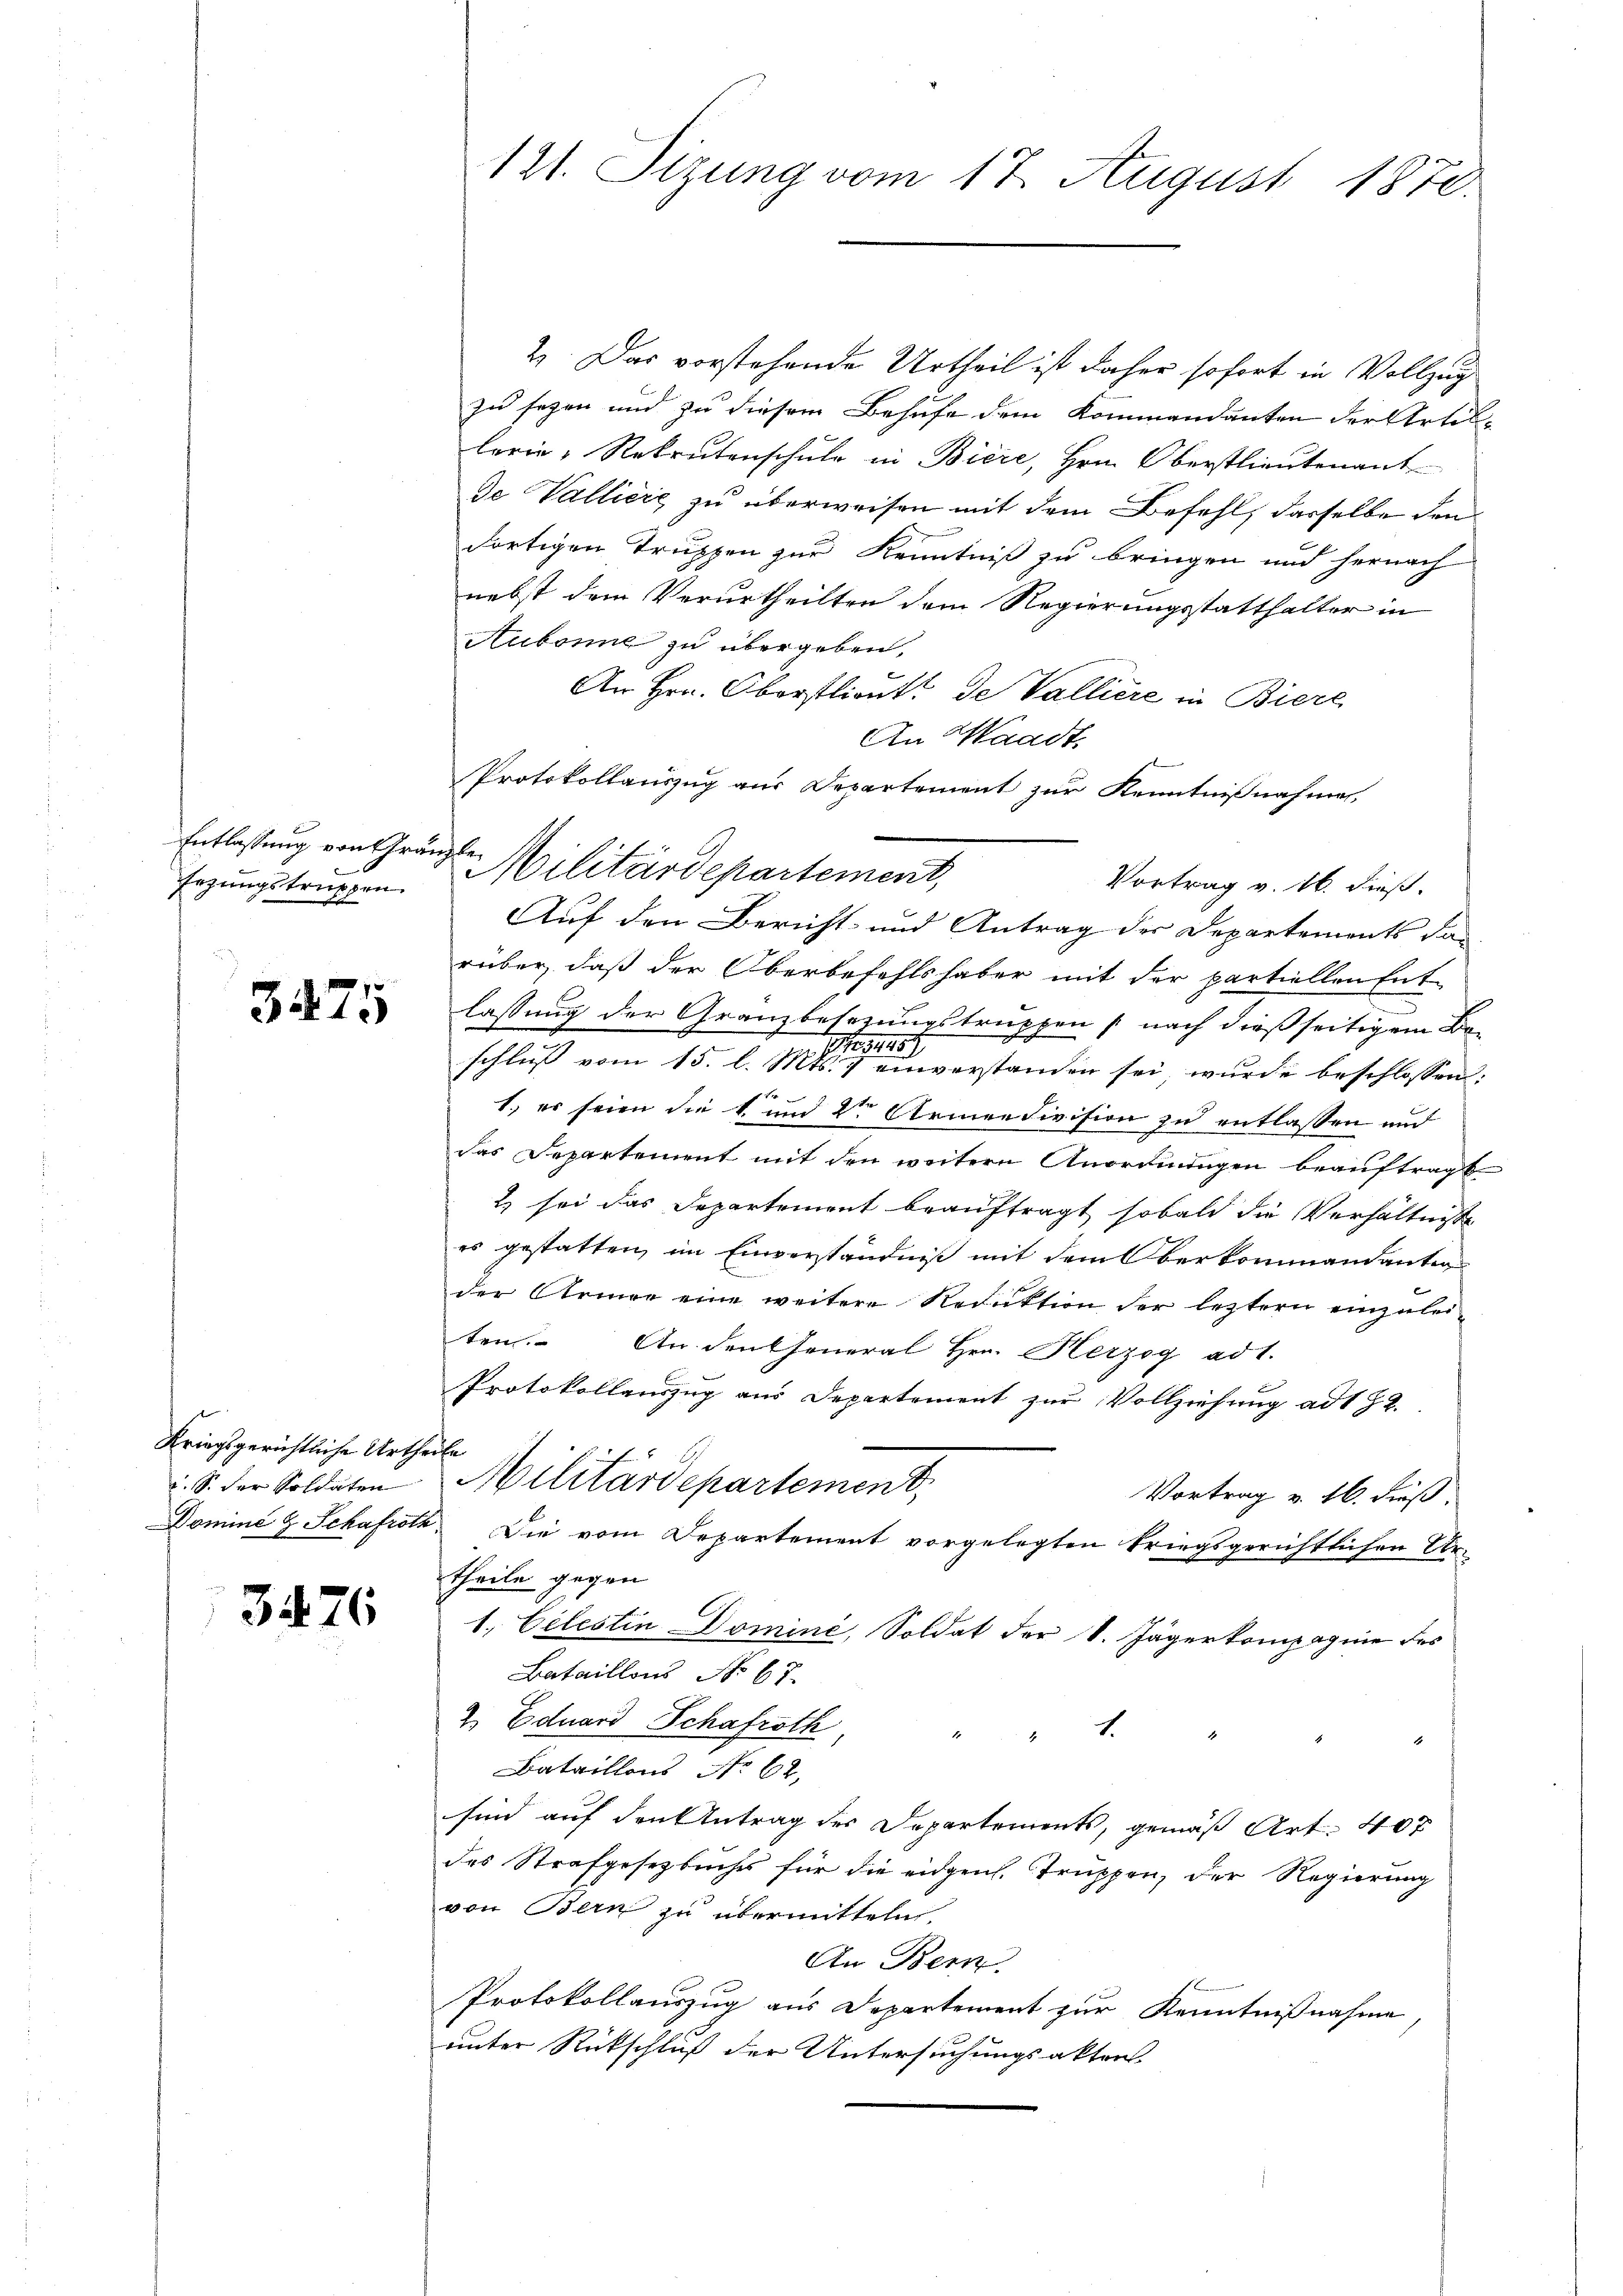
Entlassung von Gränzle¬
Erzungstruppen.

3475

Kriegsgerichtliche Urtheile
u. S. der Soldaten

3476

121. Sizung vom 17. August 1872.

2. Das vorstehende Urtheil ist daher sofort in Vollzug
zu seyen und zu diesem Behufe dem Kommandanten der Artillerie-Rekrutenschule in Biere, Hrn. Oberstlieutenant
de Valliere zu überweisen mit dem Befehl, dasselbe den
dortigen Truppen zur Kenntniß zu bringen und hernach
nebst dem Verurtheilten dem Regierungsstatthalter in
Aubonne zu übergeben,
An Hrn. Oberstlieut. de Valliere in Biere
An Waadt,
Protokollauszug aus Departement zur Kenntnißnahme,
Vortrag v. 16. dieß.
Auf den Bericht und Antrag der Departements dan
rüber, daß der Oberbefehlshaber mit der partiellen Ent-
lassung der Granzbesezungstruppen (nach dießseitigem Be¬
No 345
schluß vom 15. l. Mts. 7 einverstanden sei, wurde beschlossen:
1.) es seien die 4. und 2ten Armee division zu entlassen und
das Departement mit den weitere Anordnungen beauftragt
2 sei das Departement beauftragt, sobald die Verhältnisse
es gestatten, im Einverständniß mit dem Oberkommandantig
der Armee eine weitere Reduktion der leztern einzuleiten. Andentheneral Hrn. Kerzog ad 1.
Protokollauszug aus Departement zur Vollziehung ad 1 § 2.
Militärdepartement,
Vortrag v. 16. dieß.
Domine & Schafroth. Die vom Departement vorgelegten kriegsgerichtlichen Ur-
theile gegen
1. Celestin Dominé, Soldat der S. Jägerkompagnie des
Bataillons No 67.
2. Eduard Schafroth

Bataillons No 62.
sind auf den Antrag des Departements, gemäß Art. 40 x
des Strafgesetzbuches für die eidgen. Truppen, der Regierung
von Bern zu übermitteln.
An Bern
Protokollauszug aus Departement zur Kenntnißnahme
unter Rückschluß der Untersuchungsakten.

Militärdepartement,